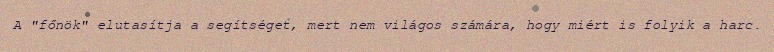
A "főnök" elutasítja a segítséget, mert nem világos számára, hogy miért is folyik a harc.